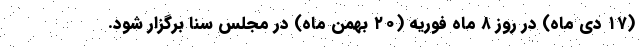
(۱۷ دی ماه) در روز ۸ ماه فوریه (۲۰ بهمن ماه) در مجلس سنا برگزار شود.